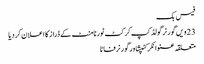
فیس بک
23 ویں گورنر گولڈ کپ کرکٹ ٹورنامنٹ کے ڈراز کا اعلان کر دیا
متعلقہ عنوانکرکٹپشاورگورنرفاٹا